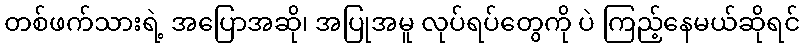
တစ်ဖက်သားရဲ့ အပြောအဆို၊ အပြုအမူ လုပ်ရပ်တွေကို ပဲ ကြည့်နေမယ်ဆိုရင်